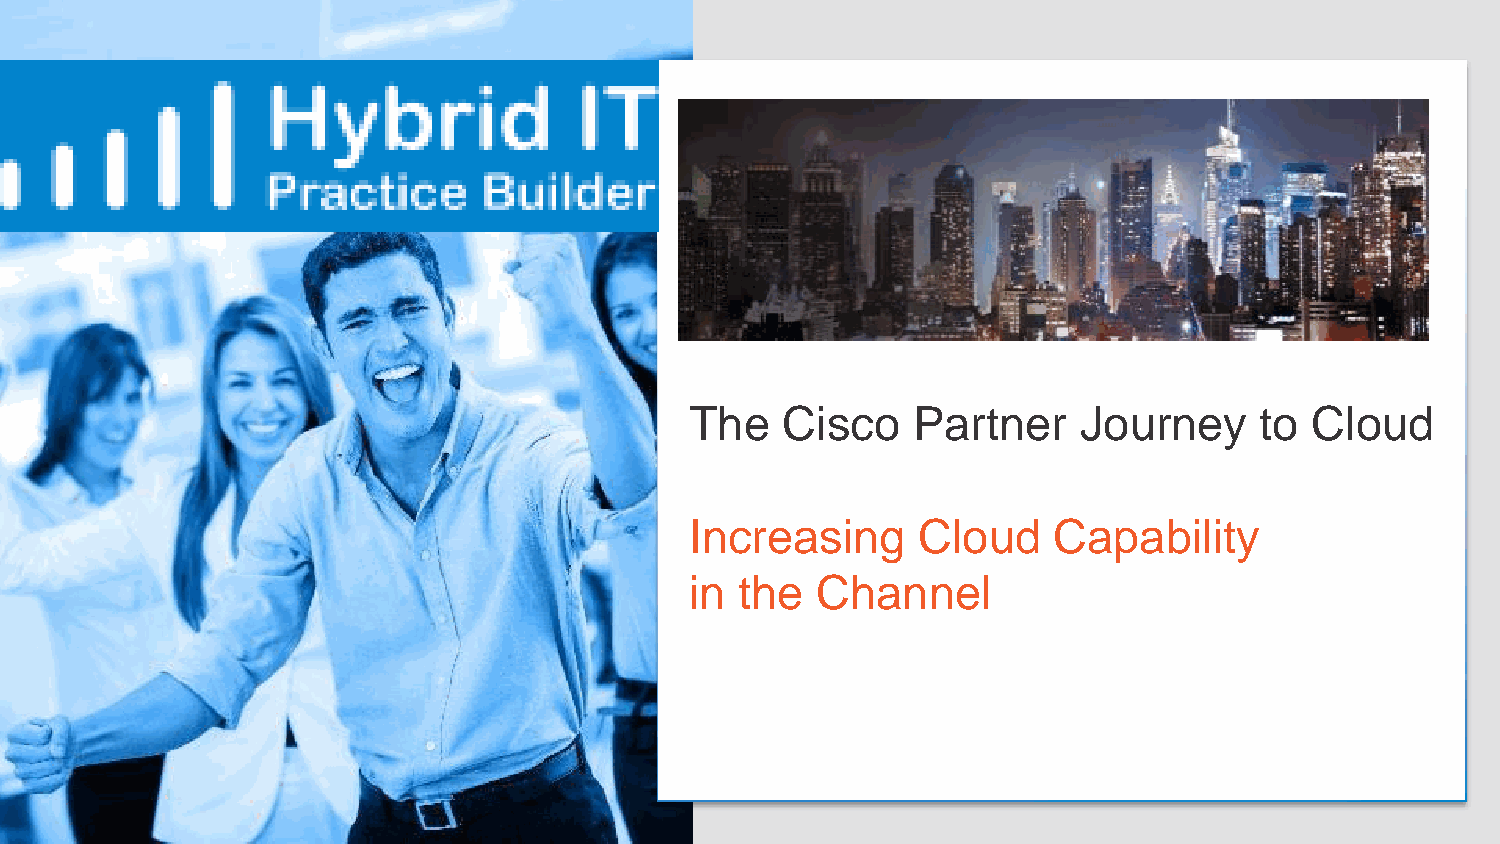
The   Cisco   Partner    Journey     to  Cloud
 Increasing     Cloud    Capability
 in the  Channel